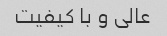
عالی و با کیفیت